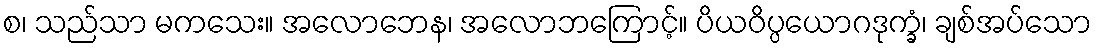
စ၊ သည်သာ မကသေး။ အလောဘေန၊ အလောဘကြောင့်။ ပိယဝိပ္ပယောဂဒုက္ခံ၊ ချစ်အပ်သော